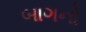
બાગનો